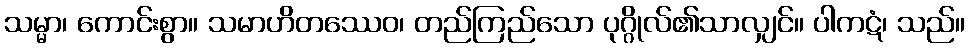
သမ္မာ၊ ကောင်းစွာ။ သမာဟိတဿေဝ၊ တည်ကြည်သော ပုဂ္ဂိုလ်၏သာလျှင်။ ပါကဋံ၊ သည်။